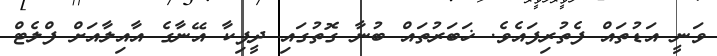
ވަނީ އަޑުތައް ފެތުރިފައެވެ. ޚަބަރުތައް ބުނާ ގޮތުގައި ދީޕިކާ އޭނާގެ އާއިލާއަށް ފްލެޓް